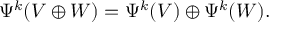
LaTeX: \Psi ^ { k } ( V \oplus W ) = \Psi ^ { k } ( V ) \oplus \Psi ^ { k } ( W ) .